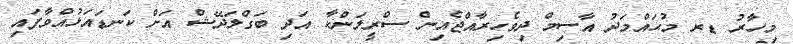
މިހާރު ޑރ މުޙައްމަދު އާސިމް ދިވެހިރާއްޖެއިން ސްރީލަންކާ އަދި ބަގްލަދޭޝް އަށް ކަނޑައަޅުއްވާފައި